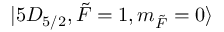
\lvert 5 D _ { 5 / 2 } , \Tilde { F } = 1 , m _ { \Tilde { F } } = 0 \rangle